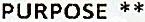
PURPOSE **